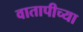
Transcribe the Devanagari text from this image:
वातापीच्या